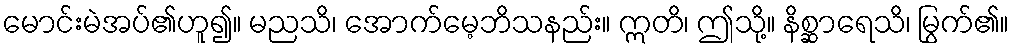
မောင်းမဲအပ်၏ဟူ၍။ မညသိ၊ အောက်မေ့ဘိသနည်း။ ဣတိ၊ ဤသို့။ နိစ္ဆာရေသိ၊ မြွက်၏။